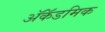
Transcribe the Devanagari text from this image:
ॲकॅडमिक